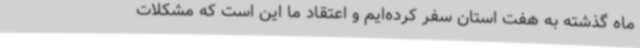
ماه گذشته به هفت استان سفر کرده‌ایم و اعتقاد ما این است که مشکلات